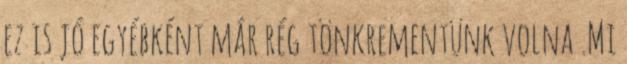
ez is jó egyébként már rég tönkrementünk volna .Mi